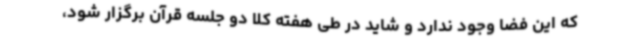
که این فضا وجود ندارد و شاید در طی هفته کلا دو جلسه قرآن برگزار شود،